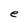
Character: e